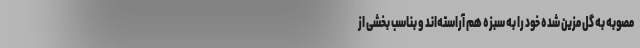
مصوبه به گل مزین شده خود را به سبزه هم آراسته‌اند و بناسب بخشی از